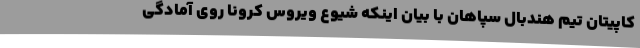
کاپیتان تیم هندبال سپاهان با بیان اینکه شیوع ویروس کرونا روی آمادگی